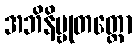
အဘိနိဗ္ဗုတတ္တော